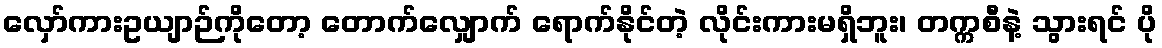
လှော်ကားဥယျာဉ်ကိုတော့ တောက်လျှောက် ရောက်နိုင်တဲ့ လိုင်းကားမရှိဘူး၊ တက္ကစီနဲ့ သွားရင် ပို